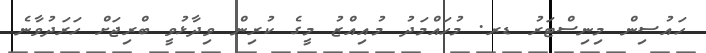
ހައުސިން މިނިސްޓަރު ޑރ. މުހައްމަދު މުއިއްޒު މީގެ ކުރިން ވިދާޅުވީ ބްރިޖަށް ހަރަދުވާނެ